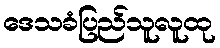
ဒေသခံပြည်သူလူထု